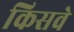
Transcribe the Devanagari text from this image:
किसवे